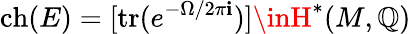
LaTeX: \operatorname{ch}(E)=[\operatorname{tr}(e^{-\Omega/2\pi\mathbf{i}})]\inH^{*}(M,\mathbb{{Q}})